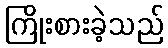
ကြိုးစားခဲ့သည်